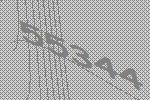
55344